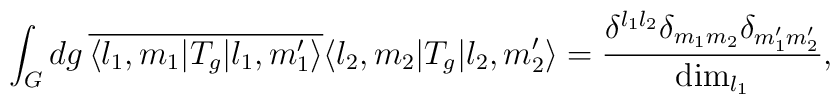
\int_{G} dg \, \overline{\langle l_1, m_1 | T_g | l_1, m_1' \rangle}\langle l_2, m_2 | T_g | l_2, m_2' \rangle = {\delta^{l_1 l_2} \delta_{m_1 m_2}\delta_{m_1' m_2'} \over {\rm dim}_{l_1}} ,